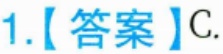
1.【答案】C.